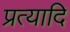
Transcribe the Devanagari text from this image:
प्रत्यादि